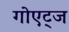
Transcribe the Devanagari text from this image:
गोएट्ज